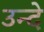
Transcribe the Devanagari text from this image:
उन्दे